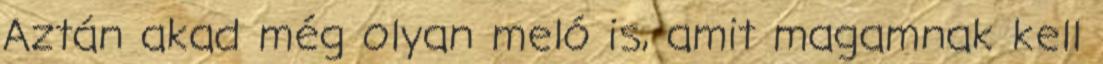
Aztán akad még olyan meló is, amit magamnak kell